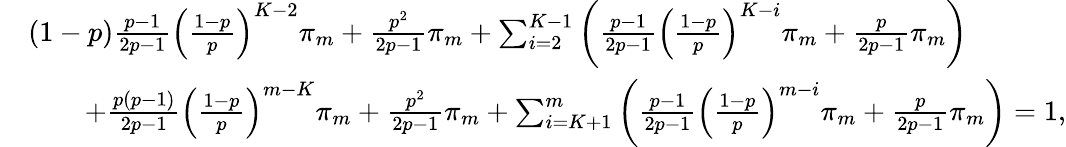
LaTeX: \begin{array}{rl}&{(1-p)\frac{p-1}{2p-1}\left(\frac{1-p}{p}\right)^{K-2}\pi_{m}+\frac{p^{2}}{2p-1}\pi_{m}+\sum_{i=2}^{K-1}\left(\frac{p-1}{2p-1}\left(\frac{1-p}{p}\right)^{K-i}\pi_{m}+\frac{p}{2p-1}\pi_{m}\right)}\\ &{\qquad+\frac{p(p-1)}{2p-1}\left(\frac{1-p}{p}\right)^{m-K}\pi_{m}+\frac{p^{2}}{2p-1}\pi_{m}+\sum_{i=K+1}^{m}\left(\frac{p-1}{2p-1}\left(\frac{1-p}{p}\right)^{m-i}\pi_{m}+\frac{p}{2p-1}\pi_{m}\right)=1,}\end{array}